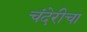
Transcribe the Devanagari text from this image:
चंदेरीचा